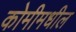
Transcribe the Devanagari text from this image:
कोमीमधील